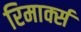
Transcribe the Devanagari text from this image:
रिमार्क्स